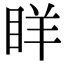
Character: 眻